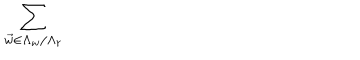
LaTeX: \sum _ { \vec { w } \in \Lambda _ { w } / \Lambda _ { r } }